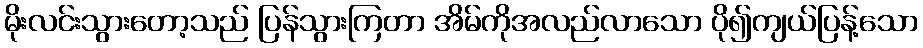
မိုးလင်းသွားတော့သည် ပြန်သွားကြတာ အိမ်ကိုအလည်လာသော ပို၍ကျယ်ပြန့်သော